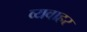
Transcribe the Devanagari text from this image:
व्यवाहर